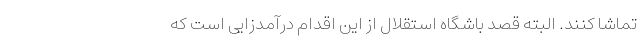
تماشا کنند. البته قصد باشگاه استقلال از این اقدام درآمدزایی است که